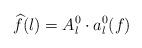
LaTeX: \begin{align*}\widehat f(l)=A_l^0\cdot a_l^0(f)\end{align*}